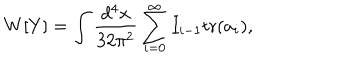
LaTeX: W [ Y ] = \int \frac { d ^ { 4 } x } { 3 2 \pi ^ { 2 } } \sum _ { i = 0 } ^ { \infty } I _ { i - 1 } \mathrm { t r } ( a _ { i } ) ,